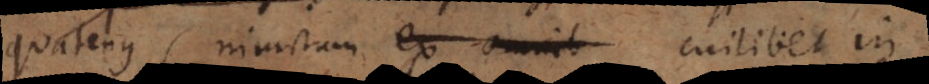
quatenus (nimirum ex omnib cuilibet in